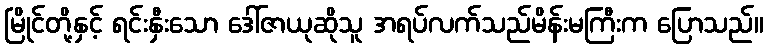
မြိုင်တို့နှင့် ရင်းနှီးသော ဒေါ်ဇာယုဆိုသူ အရပ်လက်သည်မိန်းမကြီးက ပြောသည်။